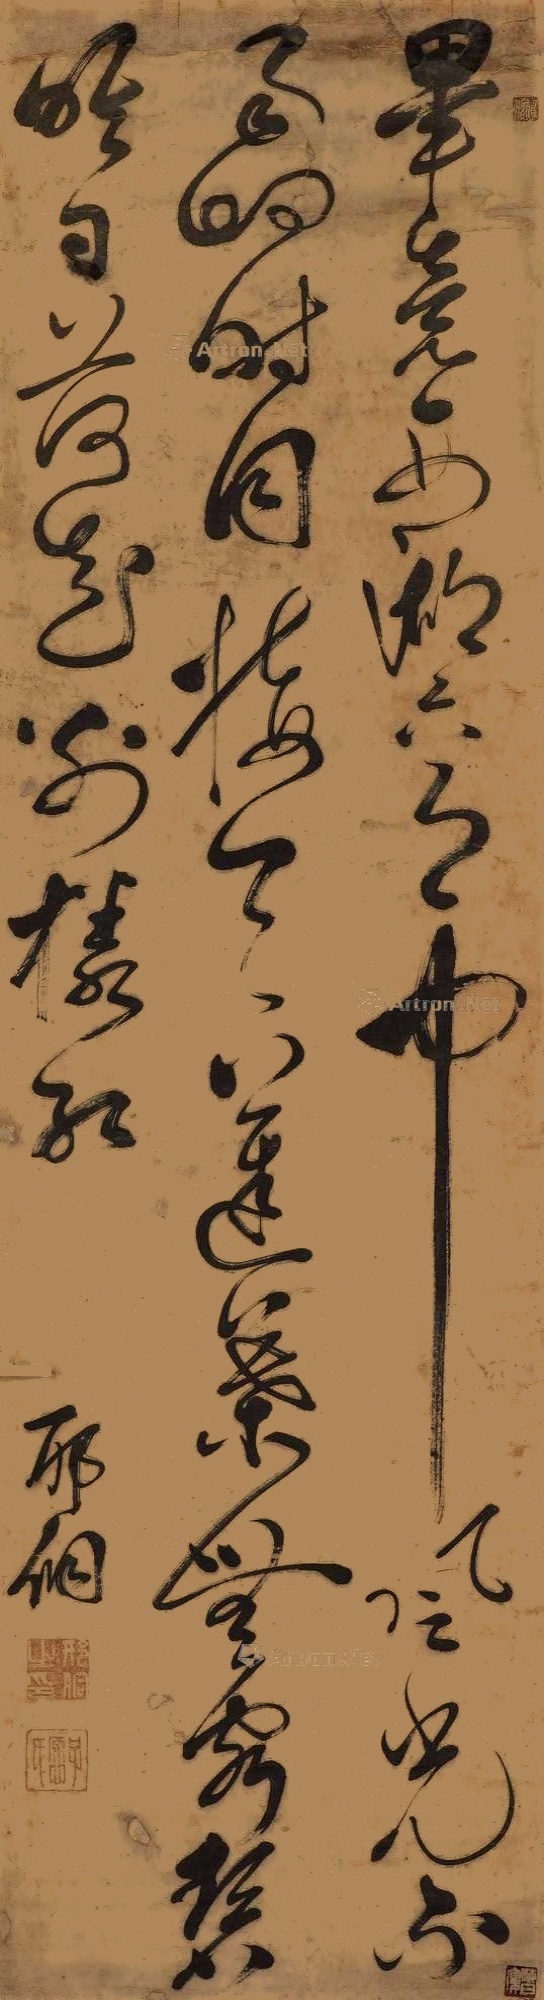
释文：毕竟西湖六月中，风光不与四时同。接天莲叶无穷碧，映日荷花别样红。